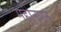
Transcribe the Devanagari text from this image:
महीनपन